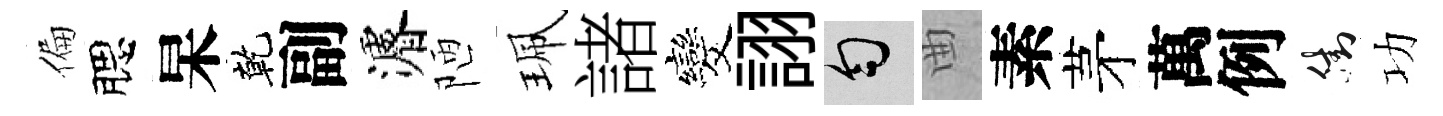
偏腮杲乾副濬陋珮諸发詡匀曲素茅萬例街功